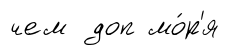
чем доп мо́р'я